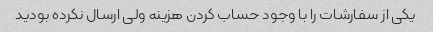
یکی از سفارشات را با وجود حساب کردن هزینه ولی ارسال نکرده بودید